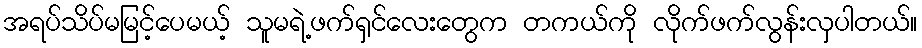
အရပ်သိပ်မမြင့်ပေမယ့် သူမရဲ့ဖက်ရှင်လေးတွေက တကယ်ကို လိုက်ဖက်လွန်းလှပါတယ်။